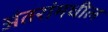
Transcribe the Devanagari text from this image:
अंतरांमधील